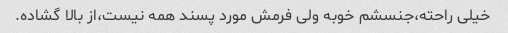
خیلی راحته،جنسشم خوبه ولی فرمش مورد پسند همه نیست،از بالا گشاده.